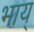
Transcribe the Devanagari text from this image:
भाय्